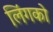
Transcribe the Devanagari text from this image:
लिंगको